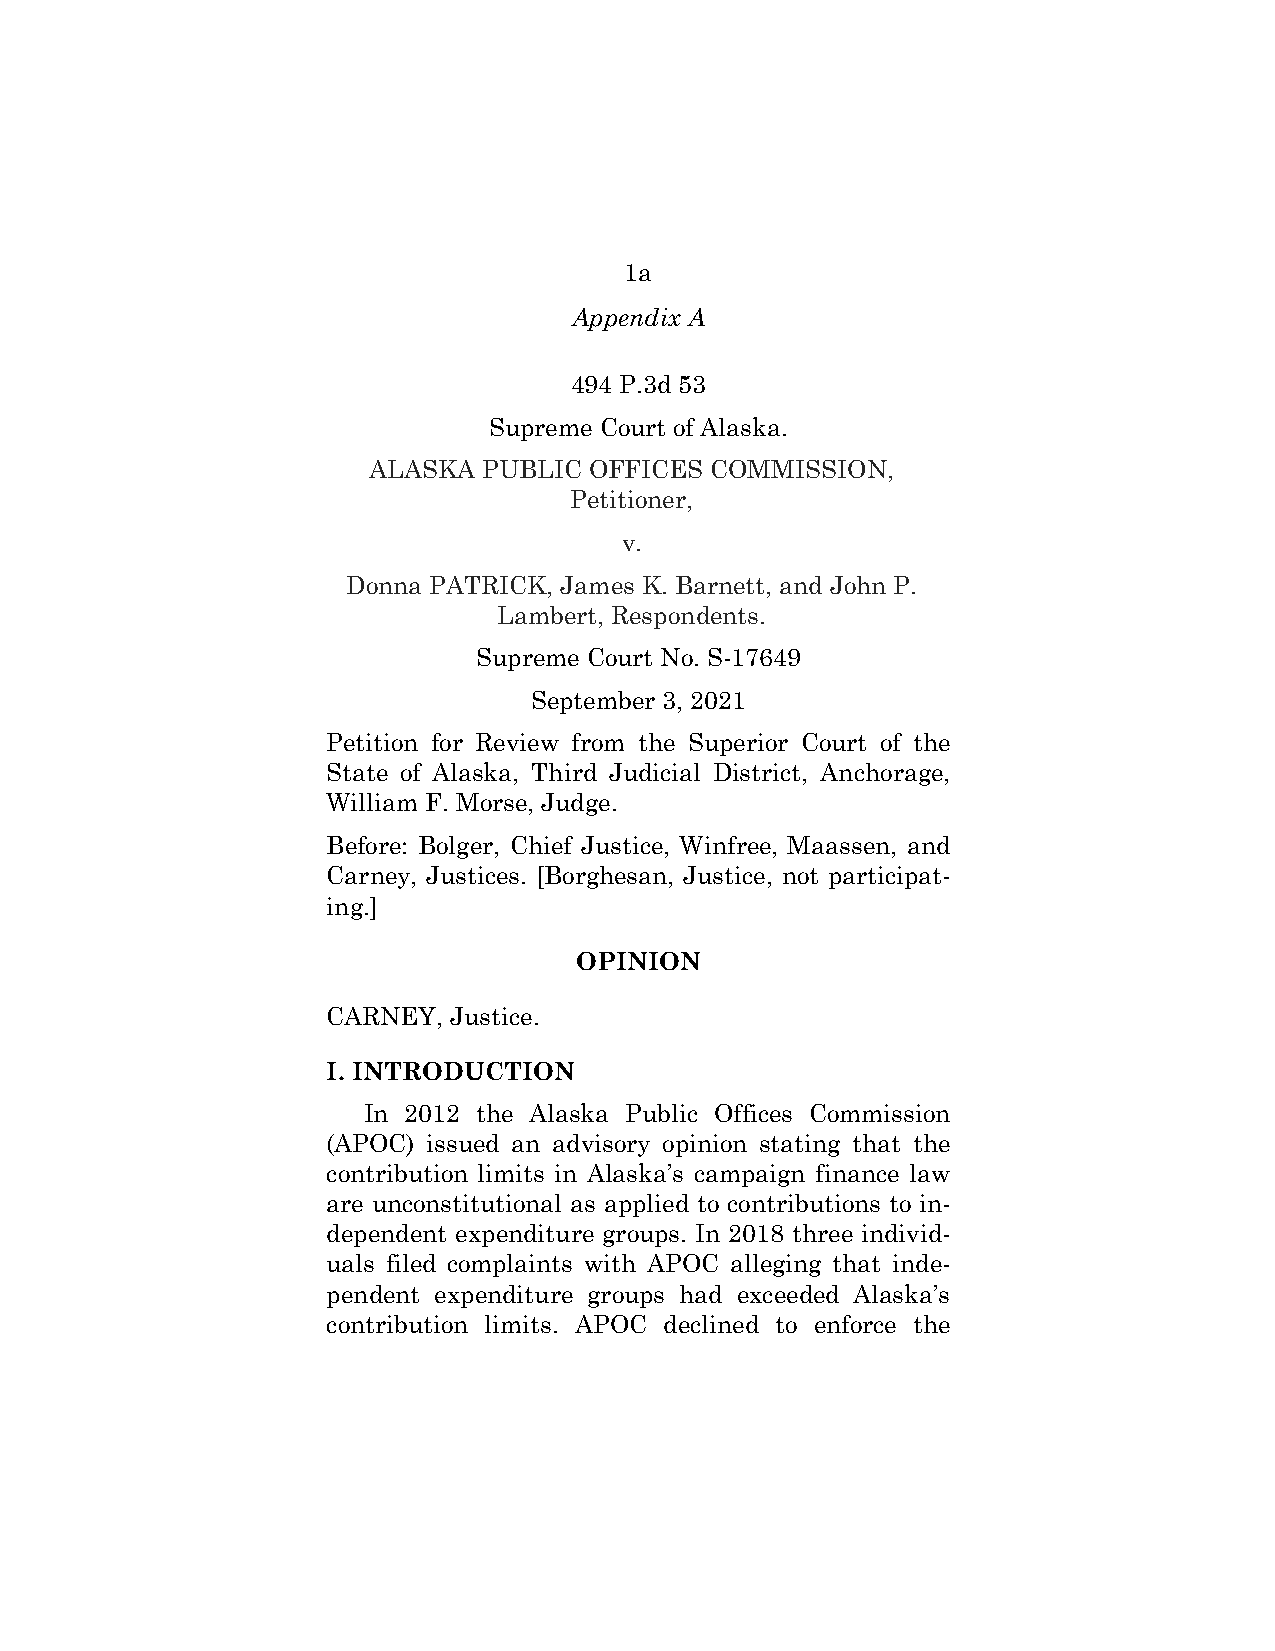
1a
 Appendix A
 494 P.3d 53
 Supreme Court of Alaska.
 ALASKA  PUBLIC OFFICES COMMISSION,
 Petitioner,
 v.
 Donna PATRICK, James K. Barnett, and John P.
 Lambert, Respondents.
 Supreme Court No. S-17649
 September 3, 2021
 Petition for Review from the Superior Court of the
 State of Alaska, Third Judicial District, Anchorage,
 William F. Morse, Judge.
 Before: Bolger, Chief Justice, Winfree, Maassen, and
 Carney, Justices. [Borghesan, Justice, not participat-
 ing.]
 OPINION
 CARNEY, Justice.
 I. INTRODUCTION
 In 2012 the Alaska Public Offices Commission
 (APOC) issued an advisory opinion stating that the
 contribution limits in Alaska’s campaign finance law
 are unconstitutional as applied to contributions to in-
 dependent expenditure groups. In 2018 three individ-
 uals filed complaints with APOC alleging that inde-
 pendent expenditure groups had exceeded Alaska’s
 contribution limits. APOC declined to enforce the